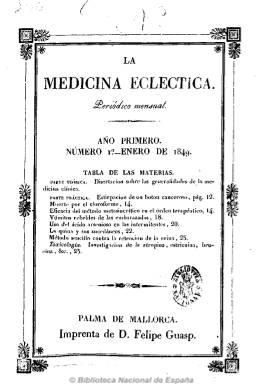
Título: La Medicina ecléctica
Colección: Medicina
Ámbito geográfico: Baleares
Lugar de publicación: Palma de Mallorca
Fechas: 01/01/1849-30/11/1851

Con la leyenda en su cabecera “por una sociedad de médicos-cirujanos”, es un periódico de periodicidad mensual fundado y redactado por los médicos Antonio Ignacio Alomar y Barbara y Antonio Gelabert y dirigido a los profesionales de la medicina, al objeto de ofrecer los principios fundamentales, los conocimientos y las observaciones prácticas más recientes de la ciencia médica.

Dividido en secciones de teoría y práctica, también incluye otra de legislación bajo el epígrafe de parte oficial, así como otras bajo el título de farmacia y variedades, donde ofrece una revista de prensa médica extranjera. Además de artículos y noticias de utilidad para los profesores de esta ciencia, algunos de autores extranjeros, publica trabajos de la Academia de Medicina y Cirugía de Palma.

Llegó a publicar hasta 48 números, de 24 páginas cada uno, hasta diciembre de 1852. Al final de cada año incluye un índice anual.